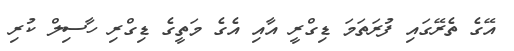
އޭގެ ތެރޭގައި ފުރަތަމަ ޑިގްރީ އާއި އެގެ މަތީގެ ޑިގްރި ހާސިލް ކުރި